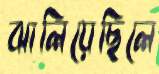
ঝালিয়েছিলে